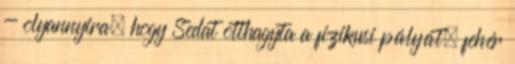
- olyannyira, hogy Sedat otthagyta a fizikusi pályát, fehér